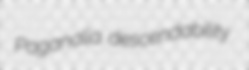
Paganalia descendability